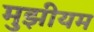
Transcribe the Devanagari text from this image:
मुझीयम